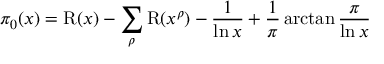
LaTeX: \pi _ { 0 } ( x ) = \operatorname { R } ( x ) - \sum _ { \rho } \operatorname { R } ( x ^ { \rho } ) - { \frac { 1 } { \ln x } } + { \frac { 1 } { \pi } } \arctan { \frac { \pi } { \ln x } }